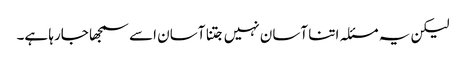
لیکن یہ مسئلہ اتنا آسان نہیں جتنا آسان اسے سمجھا جارہا ہے۔